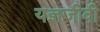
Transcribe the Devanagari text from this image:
यज्ञजीवी